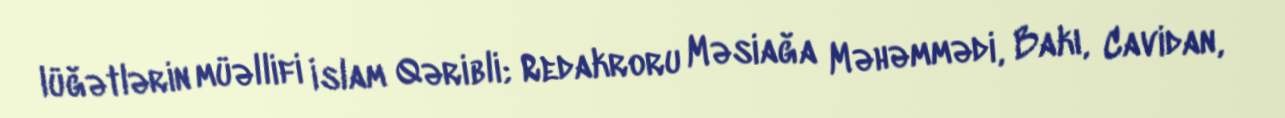
lüğətlərin müəllifi İslam Qəribli; Redakroru Məsiağa Məhəmmədi, Bakı, Cavidan,